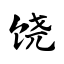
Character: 饶